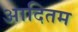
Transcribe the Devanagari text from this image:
आदितम